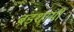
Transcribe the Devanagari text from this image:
बड़शामी